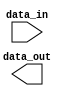
module GenerateParameterizedModule #(parameter WIDTH=8, parameter DEPTH=16)
(
  input [WIDTH-1:0] data_in,
  output [WIDTH-1:0] data_out
);

// Add specific functionalities or behaviors here

endmodule